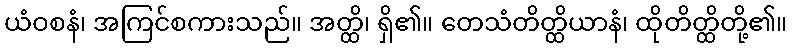
ယံဝစနံ၊ အကြင်စကားသည်။ အတ္ထိ၊ ရှိ၏။ တေသံတိတ္ထိယာနံ၊ ထိုတိတ္ထိတို့၏။